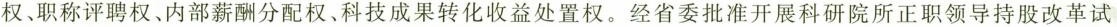
权职称评聘权、内部薪酬分配权、科技成果转化收益处置权。经省委批准开展科研院所正职领导持股改革试点，探索股权激励。此举有利于①改善科技创新生态，激发科研人员创新热情②营造公平就业环境，保障劳动者享有平等就业权利③全面放开要素市场，提高要素的配置效率④促进科技成果转化，培育经济发展新动能